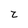
Character: z